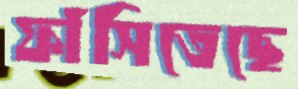
ফাঁসিতেছে